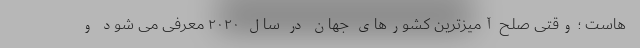
هاست ؛ وقتی صلح آمیزترین کشورهای جهان در سال ۲۰۲۰ معرفی می شود و